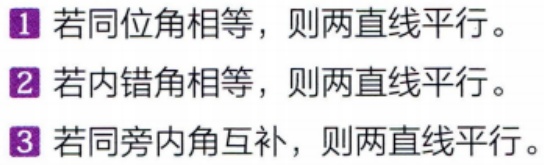
1. 若同位角相等，则两直线平行。
2. 若内错角相等，则两直线平行。
3. 若同旁内角互补，则两直线平行。